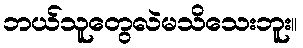
ဘယ်သူတွေလဲမသိသေးဘူး။